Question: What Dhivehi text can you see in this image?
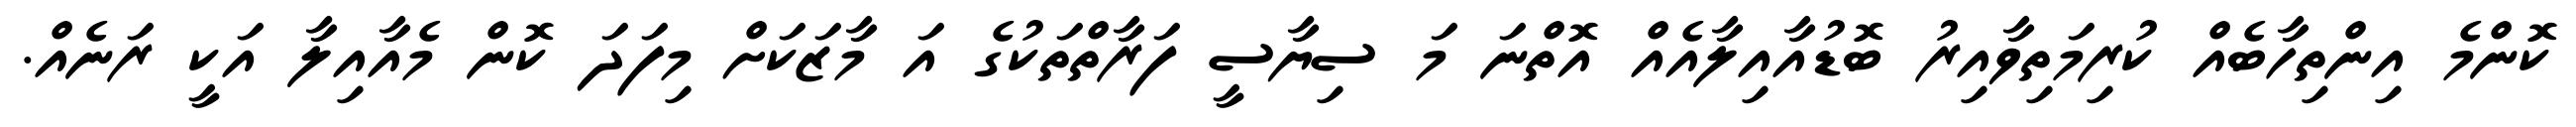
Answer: ކޮންމެ އިންތިހާބެއް ކުރިމަތިވާއިރު ބޮޑުއާއިލާއެއް އޮތްނަ މަ ސިޔާސީ ފަރާތްތަކުގެ އަ މާޒަކަށް މިފަދަ ކޮން މެއާއިލާ އަކީ ރަނެއް.